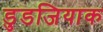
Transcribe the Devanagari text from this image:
डुडजियाक